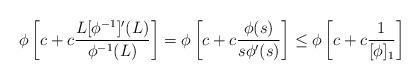
LaTeX: \begin{align*} \phi\left[c+c\frac{L[\phi^{-1}]'(L)}{\phi^{-1}(L)}\right]=\phi\left[c+c\frac{\phi(s)}{s\phi'(s)}\right]\leq \phi\left[c+c\frac{1}{[\phi]_1}\right] \end{align*}